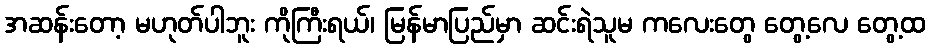
အဆန်းတော့ မဟုတ်ပါဘူး ကိုကြီးရယ်၊ မြန်မာပြည်မှာ ဆင်းရဲသူမ ကလေးတွေ တွေ့လေ တွေ့ထ